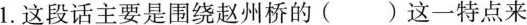
1.这段话主要是围绕赵州桥的()这一特点来